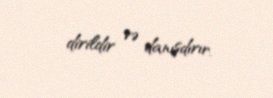
dirildir və danışdırır.